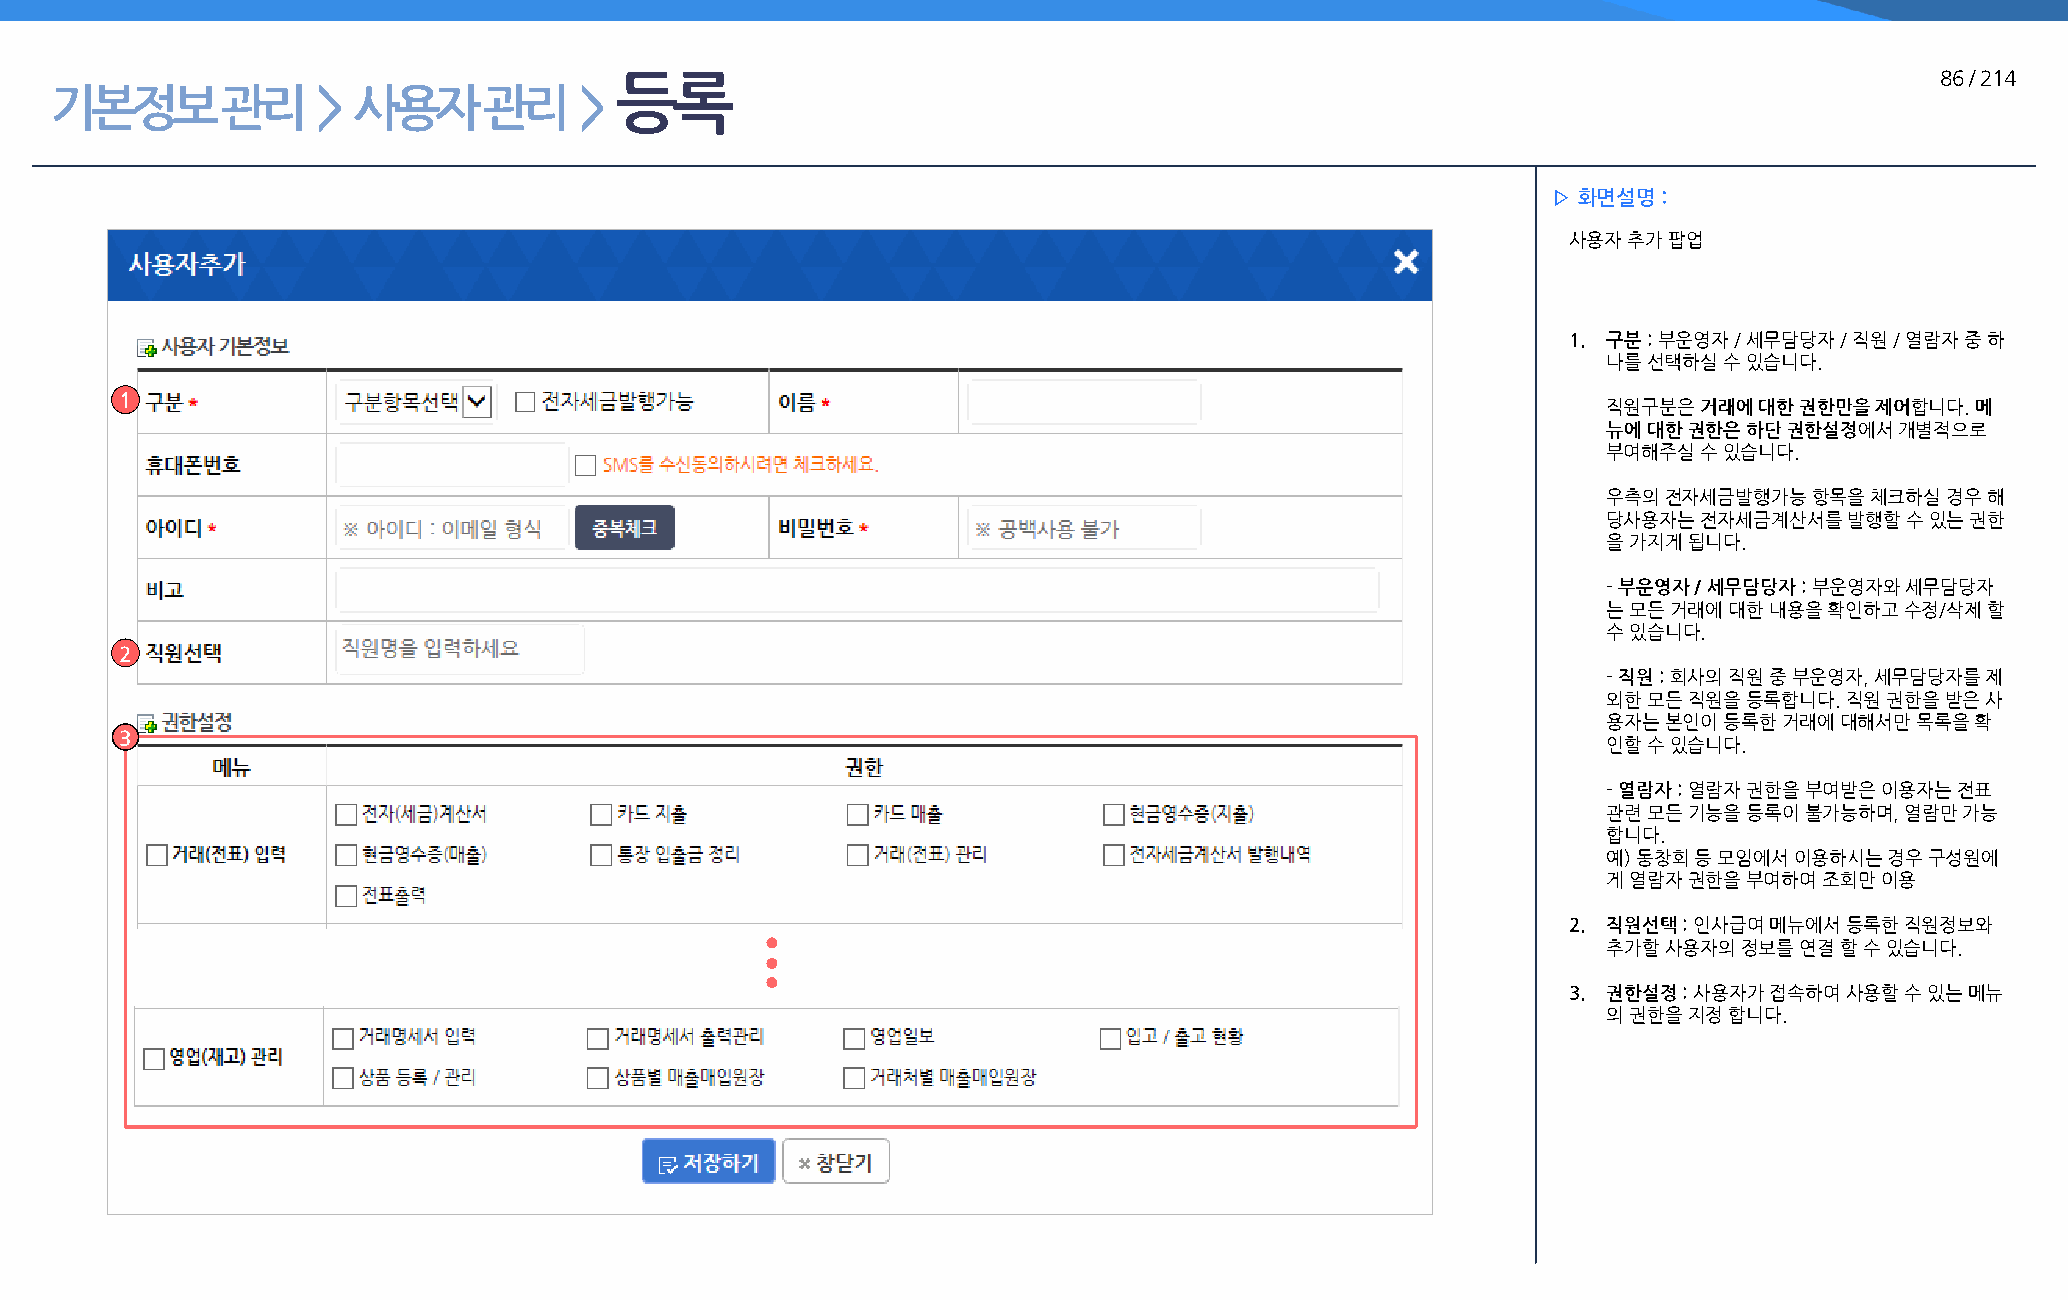
등록                                                                                     86 / 214
 기본정보        관리    > 사용자      관리    >
 ▷ 화면설명 :
 사용자 추가 팝업
 1. 구분 : 부운영자 / 세무담당자 / 직원 / 열람자 중 하
 나를 선택하실 수 있습니다.
 1
 직원구분은  거래에 대한 권한만을 제어합니다. 메
 뉴에 대한 권한은 하단 권한설정에서 개별적으로
 부여해주실  수 있습니다.
 우측의 전자세금발행가능  항목을 체크하실 경우 해
 당사용자는  전자세금계산서를 발행할 수 있는 권한
 을 가지게 됩니다.
 - 부운영자 / 세무담당자 : 부운영자와 세무담당자
 는 모든 거래에 대한 내용을 확인하고 수정/삭제 할
 수 있습니다.
 2
 - 직원 : 회사의 직원 중 부운영자, 세무담당자를 제
 외한 모든 직원을 등록합니다. 직원 권한을 받은 사
 용자는 본인이 등록한 거래에 대해서만 목록을 확
 3
 인할 수 있습니다.
 - 열람자 : 열람자 권한을 부여받은 이용자는 전표
 관련 모든 기능을 등록이 불가능하며, 열람만 가능
 합니다.
 예) 동창회 등 모임에서 이용하시는 경우 구성원에
 게 열람자 권한을 부여하여 조회만 이용
 2. 직원선택 : 인사급여 메뉴에서 등록한 직원정보와
 추가할 사용자의 정보를 연결 할 수 있습니다.
 3. 권한설정 : 사용자가 접속하여 사용할 수 있는 메뉴
 의 권한을 지정 합니다.